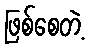
ဖြစ်စေတဲ့